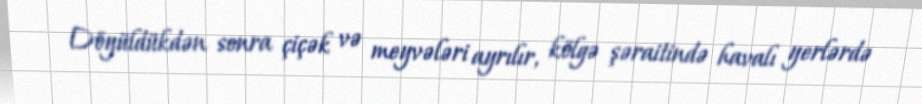
Döyüldükdən sonra çiçək və meyvələri ayrılır, kölgə şəraitində havalı yerlərdə